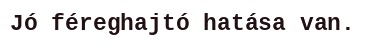
Jó féreghajtó hatása van.